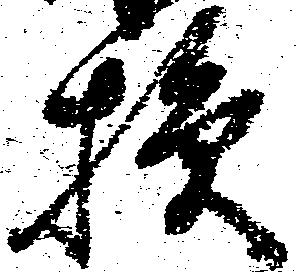
損